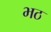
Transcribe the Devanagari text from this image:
भठ